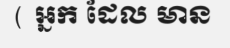
( អ្នក ដែល មាន